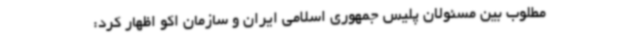
مطلوب بین مسئولان پلیس جمهوری اسلامی ایران و سازمان اکو اظهار کرد: